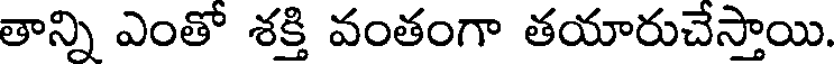
తాన్ని ఎంతో శక్తి వంతంగా తయారుచేస్తాయి.